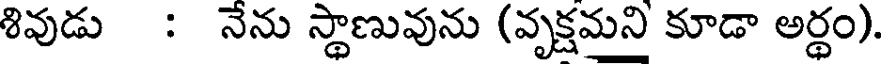
శివుడు : నేను స్థాణువును (వృక్షమని కూడా అర్థం).